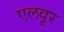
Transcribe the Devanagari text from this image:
एलवूर